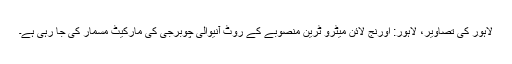
لاہور کی تصاویر، لاہور: اورنج لائن میٹرو ٹرین منصوبے کے روٹ آنیوالی چوبرجی کی مارکیٹ مسمار کی جا رہی ہے۔